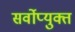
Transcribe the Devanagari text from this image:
सर्वोप्युक्त